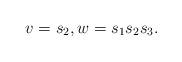
LaTeX: \begin{align*} v = s_2, w=s_1s_2s_3.\end{align*}